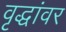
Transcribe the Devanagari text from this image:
वृद्धांवर